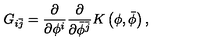
G _ { i \bar { j } } = \frac { \partial } { \partial \phi ^ { i } } \frac { \partial } { \partial \bar { \phi } ^ { \bar { j } } } K \left( \phi , \bar { \phi } \right) ,